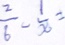
\frac { 2 } { 6 } - \frac { 1 } { x } =